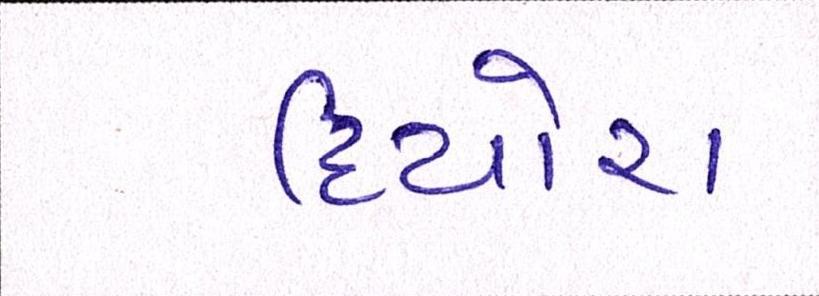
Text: દિયોરા